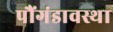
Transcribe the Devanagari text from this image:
पौंगंडावस्था